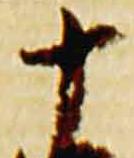
十